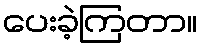
ပေးခဲ့ကြတာ။